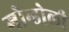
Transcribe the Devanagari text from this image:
गोन्डोली